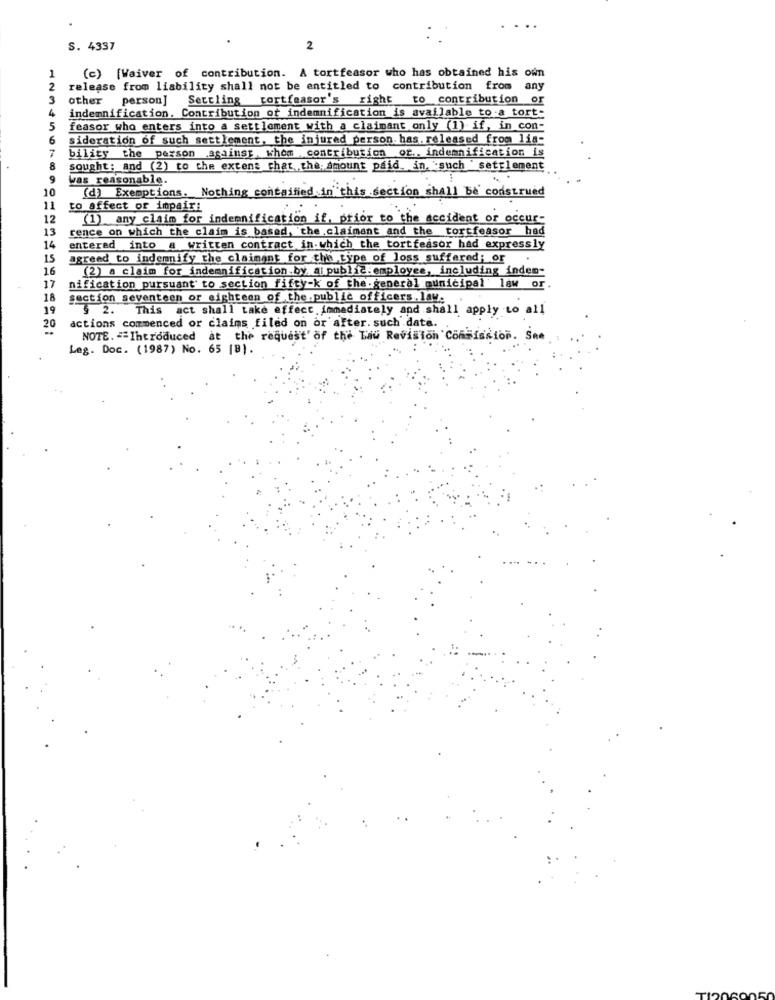
. .
S. 4337
2
(c) [Waiver of contribution. A tortfeasor who has obtained his own
release from liability shall not be entitled to contribution from any
3
other person]
Settling tortfaasor's right to contribution or
4
indemnification. Contribution of indemnification is available to.a tort:
5
feasor who enters into a settlement with a claimant only (1) if, in con-
6
sideration of such settlement, the injured person. has. released from lia-
7
bility the person against, whom contribution or .. indemnification is
8
sought: and (2) to the extent that the. amount paid. in. such " settlement
9
was reasonable.
10
(d) Exemptions. Nothing contained in this section shall be' construed
11
to affect or impair:
12
(1) any claim for indennification if, prior to the accident or occur-
13
rence on which the claim is based, the claimant and the tortfeasor had
14
entered into a written contract in which the tortfeasor had expressly
15
agreed to indemnify the claimant for the type of loss suffered; or
.
16
(2) a claim for indemnification.by. ai public:employee, including inden-
17
nification pursuant to section fifty-k of the.general municipal law or
18
section seventeen or eighteen of the public officers.law.
19
§ 2. This act shall take effect. immediately and shall apply to all
20
actions commenced or claims filed on or after. such data.
NOTE. == Introduced at the request' of the Lau Revision Commission. Sne
Leg. Doc. (1987) No. 65 [8).